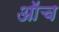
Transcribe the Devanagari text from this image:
ऑच